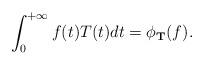
LaTeX: \begin{align*} \int_{0}^{+\infty}f(t)T(t)dt=\phi_{\bf T}(f).\end{align*}